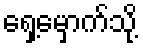
ရှေ့မှောက်သို့